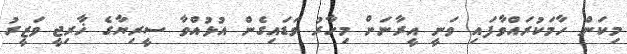
މިކަން ހާމަކުރައްވާފައި ވަނީ އީރާނަށް މިހާރު ވަޑައިގެން އުޅުއްވާ ސީރިޔާގެ ޚާރިޖީ ވަޒީރު